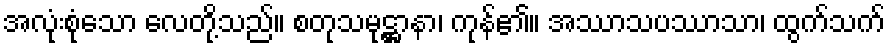
အလုံးစုံသော လေတို့သည်။ စတုသမုဋ္ဌာနာ၊ ကုန်၏။ အဿာသပဿာသာ၊ ထွက်သက်